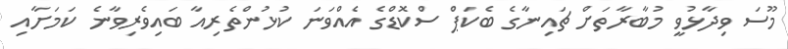
މޫސަ ވިދާޅުވީ މުބާރާތަށް ޗައިނާގެ ބެކަޕް ސްކޮޑްގެ އެއްވަނަ ކުޅުންތެރިއާ ބައިވެރިވާނެ ކަމަށާއި